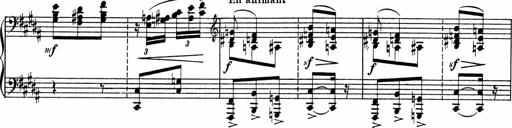
Title: Sonatine pour piano
Composer: Albert Roussel